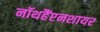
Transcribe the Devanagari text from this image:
नॉथहैंप्टनशायर